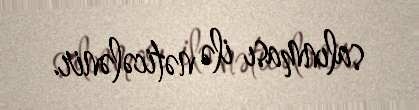
salınması ilə nəticələnir.